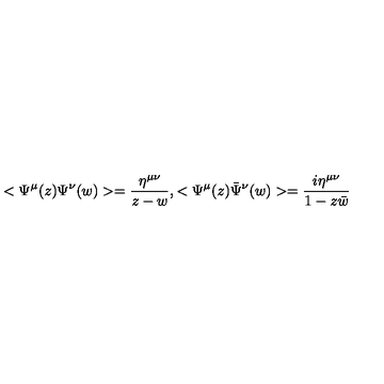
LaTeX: < \Psi ^ { \mu } ( z ) \Psi ^ { \nu } ( w ) > = \frac { \eta ^ { \mu \nu } } { z - w } , < \Psi ^ { \mu } ( z ) { \bar { \Psi } } ^ { \nu } ( w ) > = \frac { i \eta ^ { \mu \nu } } { 1 - z \bar { w } }